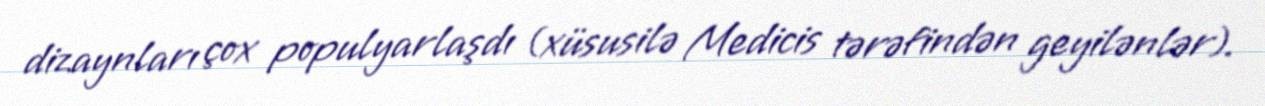
dizaynları çox populyarlaşdı (xüsusilə Medicis tərəfindən geyilənlər).